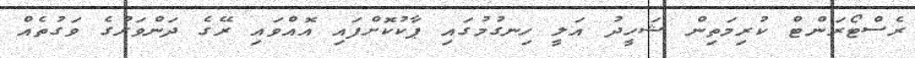
ރެސްޓޯރަންޓް ކުރިމަތިން ޝަހީދު އަލީ ހިނގުމުގައި ޕާކުކޮށްފައި އޮއްވައި ރޭގެ ދަންވަރުގެ ވަގުތެއް